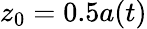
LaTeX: z_{0}=0.5a(t)